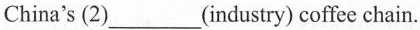
China's (2)___(industry) coffee chain.